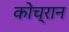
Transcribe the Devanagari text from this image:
कोच्रान